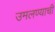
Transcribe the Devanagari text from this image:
उमलण्याची